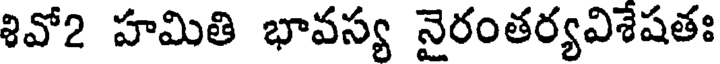
శివో2 హమితి భావస్య నైరంతర్యవిశేషతః